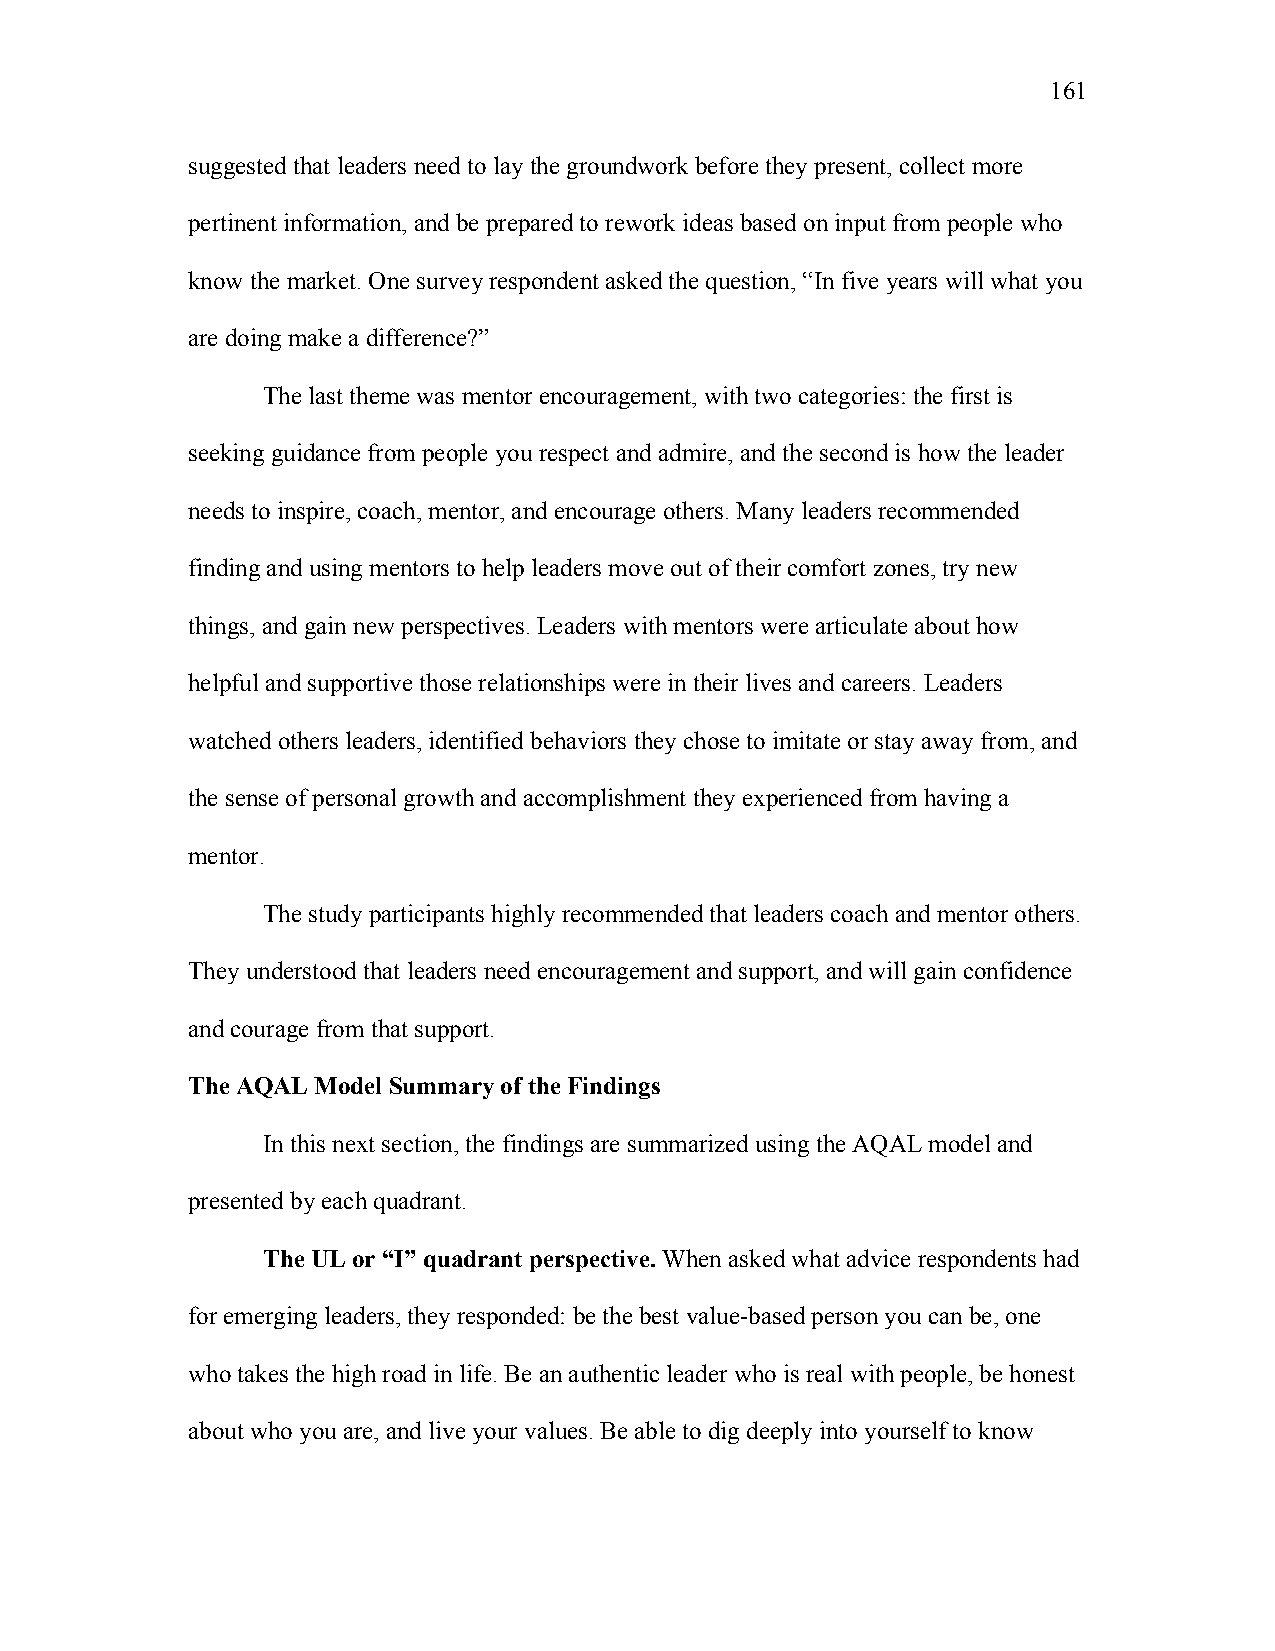
161
 suggested that leaders need to lay the groundwork before they present, collect more
 pertinent information, and be prepared to rework ideas based on input from people who
 know the market. One survey respondent asked the question, “In five years will what you
 are doing make a difference?”
 The last theme was mentor encouragement, with two categories: the first is
 seeking guidance from people you respect and admire, and the second is how the leader
 needs to inspire, coach, mentor, and encourage others. Many leaders recommended
 finding and using mentors to help leaders move out of their comfort zones, try new
 things, and gain new perspectives. Leaders with mentors were articulate about how
 helpful and supportive those relationships were in their lives and careers. Leaders
 watched others leaders, identified behaviors they chose to imitate or stay away from, and
 the sense of personal growth and accomplishment they experienced from having a
 mentor.
 The study participants highly recommended that leaders coach and mentor others.
 They understood that leaders need encouragement and support, and will gain confidence
 and courage from that support.
 The AQAL Model Summary of the Findings
 In this next section, the findings are summarized using the AQAL model and
 presented by each quadrant.
 The UL or “I” quadrant perspective. When asked what advice respondents had
 for emerging leaders, they responded: be the best value-based person you can be, one
 who takes the high road in life. Be an authentic leader who is real with people, be honest
 about who you are, and live your values. Be able to dig deeply into yourself to know